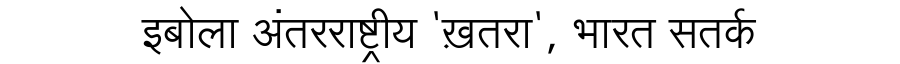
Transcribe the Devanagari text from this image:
इबोला अंतरराष्ट्रीय 'ख़तरा', भारत सतर्क